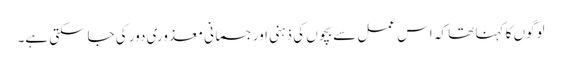
لوگوں کا کہنا تھا کہ اس عمل سے بچوں کی ذہنی اور جسمانی معذوری دور کی جاسکتی ہے۔